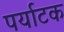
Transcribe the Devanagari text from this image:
पर्याटक